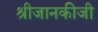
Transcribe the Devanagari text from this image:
श्रीजानकीजी